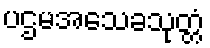
ပဌမအသေခသုတ္တံ